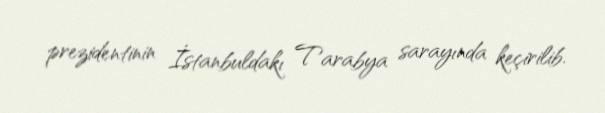
prezidentinin İstanbuldakı Tarabya sarayında keçirilib.